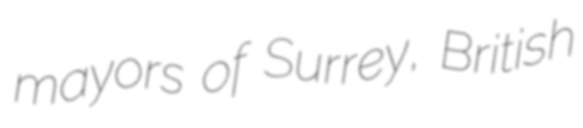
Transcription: mayors of Surrey, British